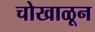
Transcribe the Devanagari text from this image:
चोखाळून